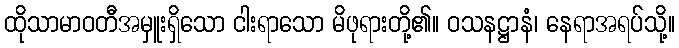
ထိုသာမာဝတီအမှူးရှိသော ငါးရာသော မိဖုရားတို့၏။ ဝသနဋ္ဌာနံ၊ နေရာအရပ်သို့။